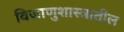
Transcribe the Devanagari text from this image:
विजाणुशास्त्रातील